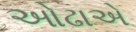
ઓઢાએ